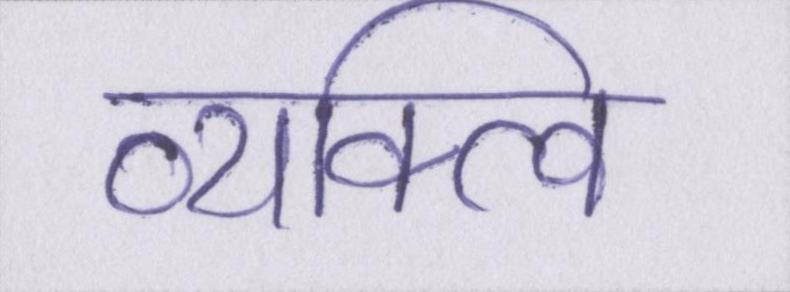
व्यक्त्वि